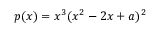
p ( x ) = x ^ { 3 } ( x ^ { 2 } - 2 x + a ) ^ { 2 }